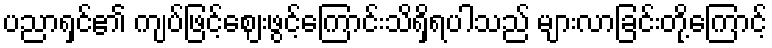
ပညာရှင်၏ ကျပ်ဖြင့်ဈေးဖွင့်ကြောင်းသိရှိရပါသည် များလာခြင်းတို့ကြောင့်